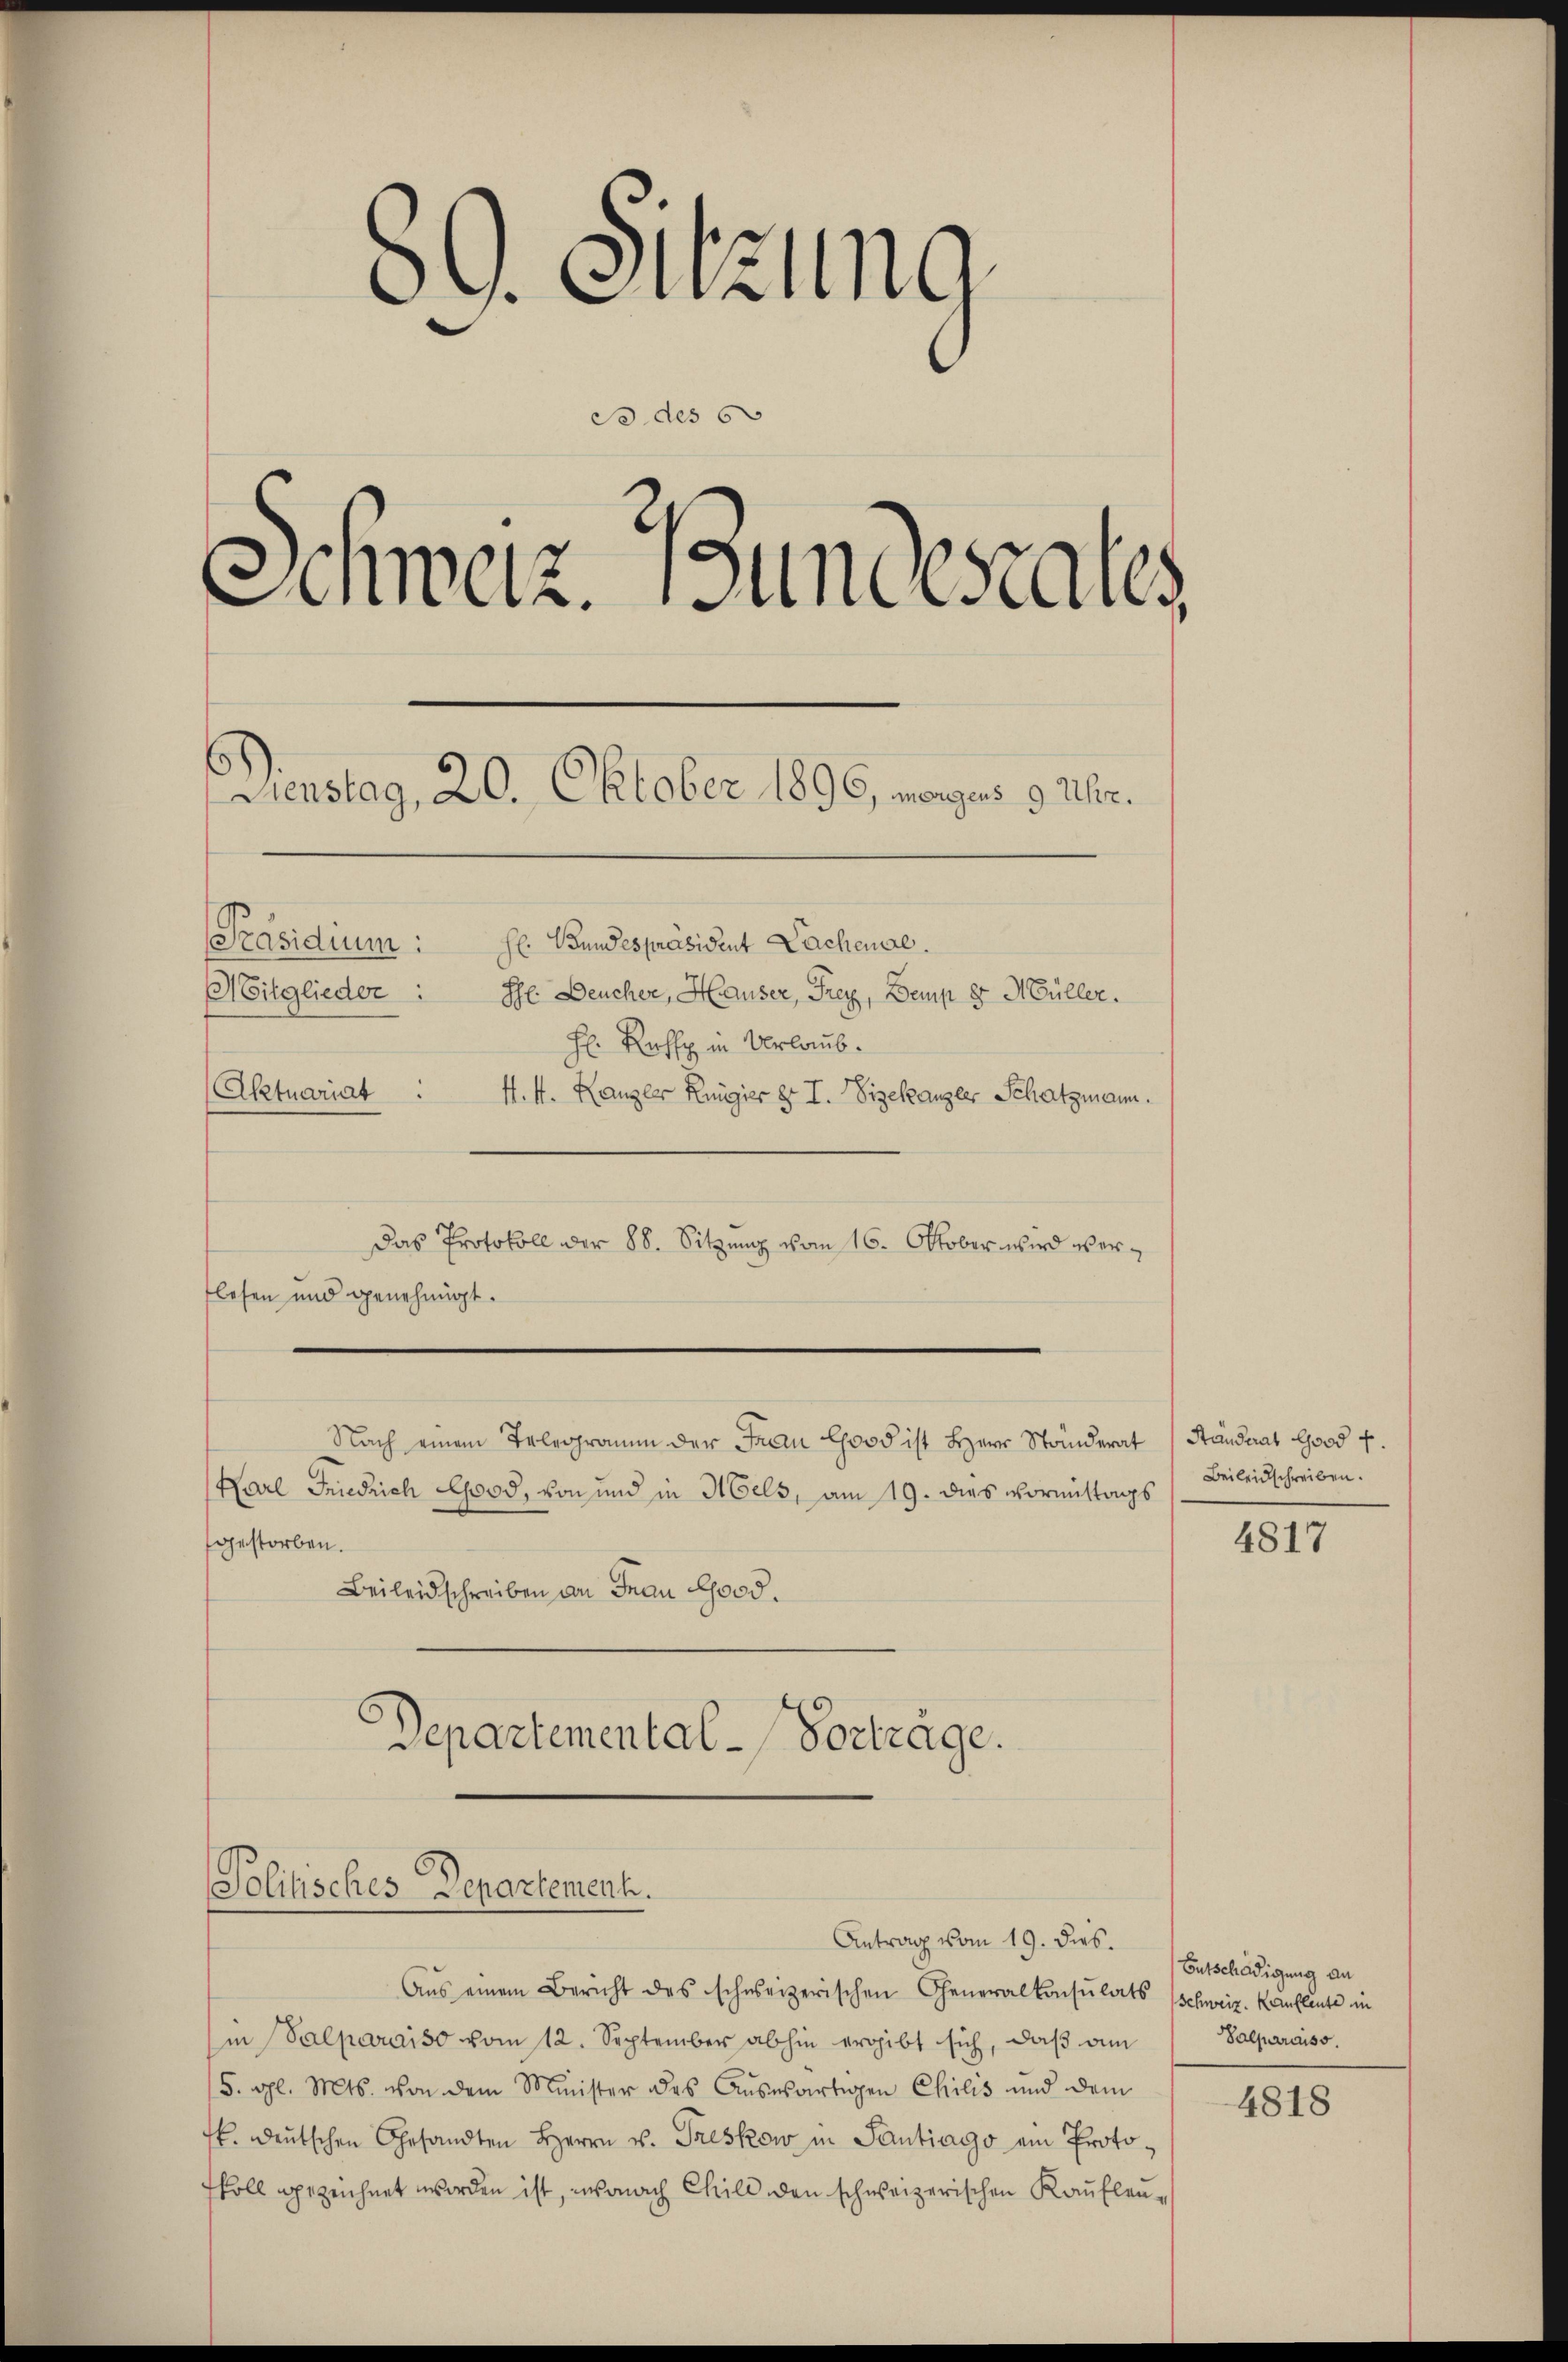
e
C. Chrung
do des 60
¬
Anweiz. Bundesrates
Dienstag, 20. Oktober 1896, morges 9 Uhr.
[Präsidium: Hr. Bundespräsident Lachenal.
Mitglieder Ehe. Deucher, Hauser, Frey, Demp 8. Müller.
H: Rehs in Urlaub.
(Aktuariat :
4. 4. Kanzler Ringier er I. Sizekanzler Schatzmann.

lesen und genehmigt.
Nach einem Telegramm der Frau loos ist Herr Ständerat
Karl Friedrich Good, von und in Mels, am 19. dies Vormittags
gestorben.
Beileidschreiben an Frau Good.
Departemental - Vortrage.

Das Protokoll der 88. Sitzung vom 16. Oktober wird ver¬

Politisches Departement.
Antrag vom 19. dies.

Aus einem Bericht des schweizerischen Generalkonsulats (Schweiz. Kaufleute in
in Salparaiso vom 12. September abhin ergibt sich, daβ am Salparaiss
5. gl. Mts. von dem Minister des Aŭswärtigen Chilis und dem
ff. deŭtschen Gesandten Herrn u. Treskow in Santiago ein Protoskoll gezeichnet worden ist, wonach Child den schweizerischen Kaufleu¬

Ständerat Good f.
Beileidschreiben.

4817

Entschädigung an

4818